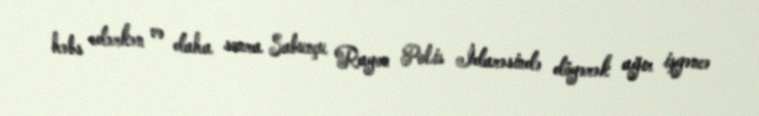
həbs edərkən və daha sonra Sabunçu Rayon Polis İdarəsində döyərək ağır işgəncə